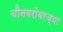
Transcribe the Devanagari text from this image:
चीनबरोबरच्या